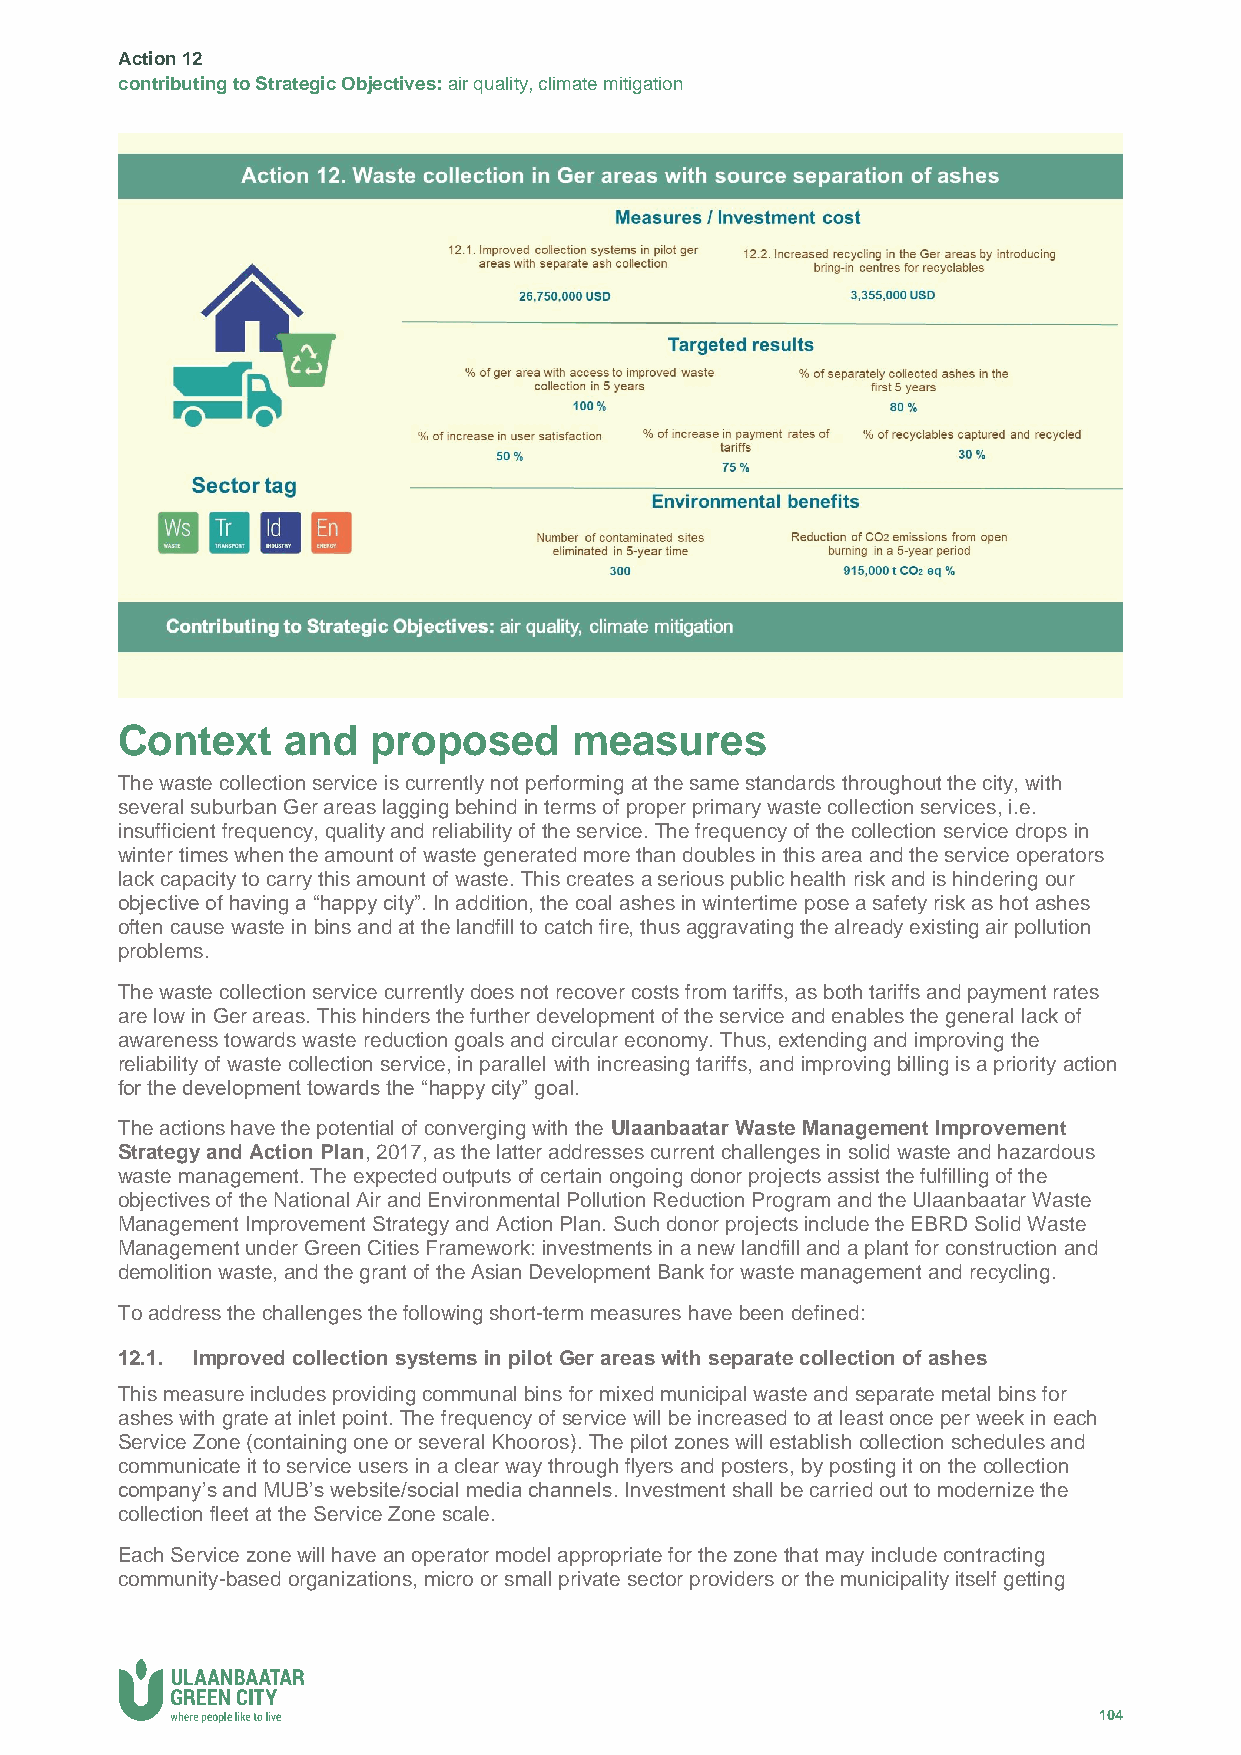
Action 12
 contributing to Strategic Objectives: air quality, climate mitigation
 Context    and   proposed     measures
 The waste collection service is currently not performing at the same standards throughout the city, with
 several suburban Ger areas lagging behind in terms of proper primary waste collection services, i.e.
 insufficient frequency, quality and reliability of the service. The frequency of the collection service drops in
 winter times when the amount of waste generated more than doubles in this area and the service operators
 lack capacity to carry this amount of waste. This creates a serious public health risk and is hindering our
 objective of having a “happy city”. In addition, the coal ashes in wintertime pose a safety risk as hot ashes
 often cause waste in bins and at the landfill to catch fire, thus aggravating the already existing air pollution
 problems.
 The waste collection service currently does not recover costs from tariffs, as both tariffs and payment rates
 are low in Ger areas. This hinders the further development of the service and enables the general lack of
 awareness towards waste reduction goals and circular economy. Thus, extending and improving the
 reliability of waste collection service, in parallel with increasing tariffs, and improving billing is a priority action
 for the development towards the “happy city” goal.
 The actions have the potential of converging with the Ulaanbaatar Waste Management Improvement
 Strategy and Action Plan, 2017, as the latter addresses current challenges in solid waste and hazardous
 waste management. The expected outputs of certain ongoing donor projects assist the fulfilling of the
 objectives of the National Air and Environmental Pollution Reduction Program and the Ulaanbaatar Waste
 Management Improvement Strategy and Action Plan. Such donor projects include the EBRD Solid Waste
 Management under Green Cities Framework: investments in a new landfill and a plant for construction and
 demolition waste, and the grant of the Asian Development Bank for waste management and recycling.
 To address the challenges the following short-term measures have been defined:
 12.1. Improved collection systems in pilot Ger areas with separate collection of ashes
 This measure includes providing communal bins for mixed municipal waste and separate metal bins for
 ashes with grate at inlet point. The frequency of service will be increased to at least once per week in each
 Service Zone (containing one or several Khooros). The pilot zones will establish collection schedules and
 communicate it to service users in a clear way through flyers and posters, by posting it on the collection
 company’s and MUB’s website/social media channels. Investment shall be carried out to modernize the
 collection fleet at the Service Zone scale.
 Each Service zone will have an operator model appropriate for the zone that may include contracting
 community-based organizations, micro or small private sector providers or the municipality itself getting
 104